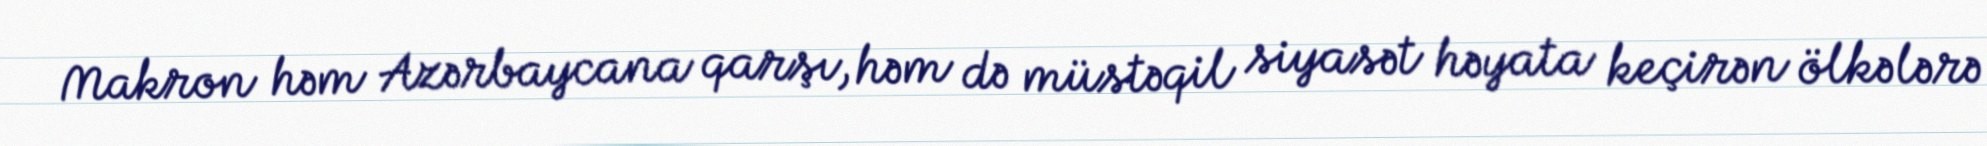
Makron həm Azərbaycana qarşı, həm də müstəqil siyasət həyata keçirən ölkələrə